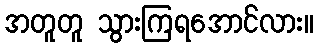
အတူတူ သွားကြရအောင်လား။